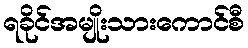
ရခိုင်အမျိုးသားကောင်စီ